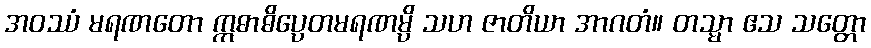
အဝဿံ မရဏတော ဣဓာဓိပ္ပေတမရဏမ္ပိ သဟ ဇာတိယာ အာဂတံ။ တသ္မာ ဧသ သတ္တော